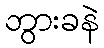
ဘွားခနဲ